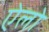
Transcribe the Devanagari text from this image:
ऐलो